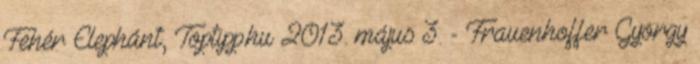
Fehér Elephánt, Toptipp.hu 2013. május 3. - Frauenhoffer György